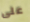
على